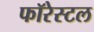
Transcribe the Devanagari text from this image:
फॉरेस्टल